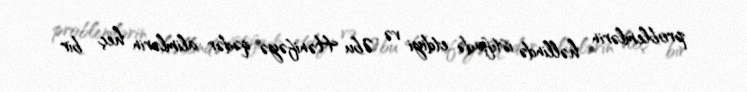
problemlərin həllində istifadə etdiyi və Əbu Hənifəyə qədər alimlərin heç bir